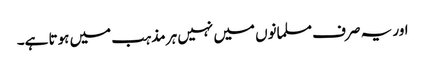
اور یہ صرف مسلمانوں میں نہیں ہر مذہب میں ہوتا ہے۔